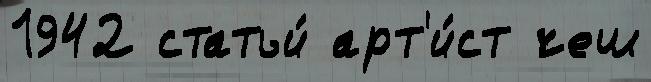
1942 статьи́ арт'и́ст чеш